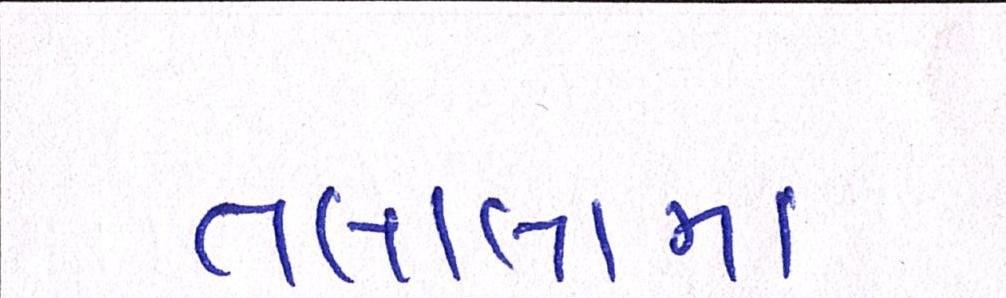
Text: તાલાલામાં